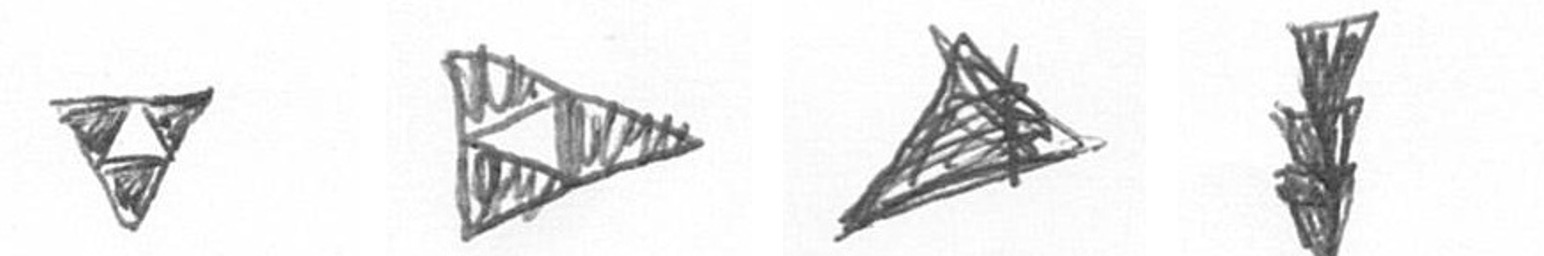
S K O E